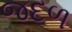
જદળ